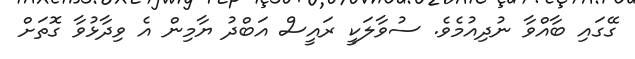
ގޭގައި ބާއްވާ ނުދިއުމެވެ. ސުވާލަކީ ރައީސް އަބްދު ޔާމިން އެ ވިދާޅުވާ ގޮތަށް